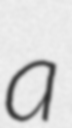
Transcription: a